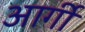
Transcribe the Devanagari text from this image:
आर्गी